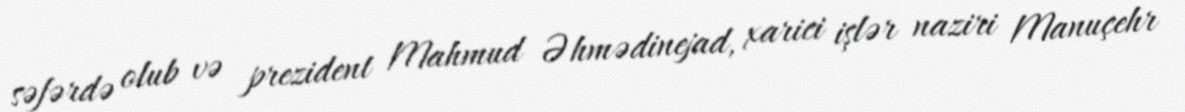
səfərdə olub və prezident Mahmud Əhmədinejad, xarici işlər naziri Manuçehr